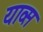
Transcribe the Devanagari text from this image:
याव्स